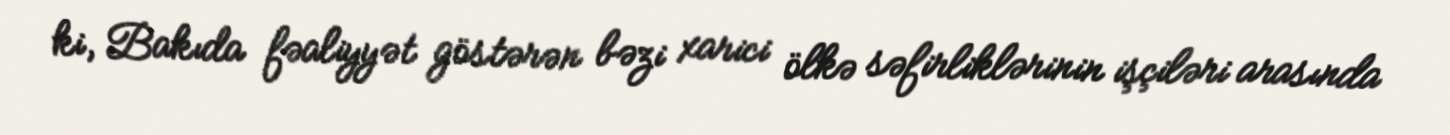
ki, Bakıda fəaliyyət göstərən bəzi xarici ölkə səfirliklərinin işçiləri arasında